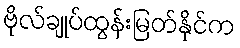
ဗိုလ်ချုပ်ထွန်းမြတ်နိုင်က